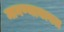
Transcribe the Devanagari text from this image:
मानण्याबाबत